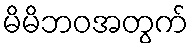
မိမိဘဝအတွက်